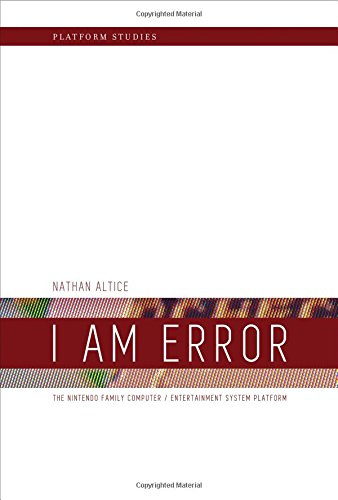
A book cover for I Am Error: The Nintendo Family Computer / Entertainment System Platform (Platform Studies); Nathan Altice; Computers & Technology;